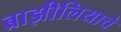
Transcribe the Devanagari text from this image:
ब्राझीलियाचे